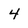
Character: 4